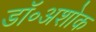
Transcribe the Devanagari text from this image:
डॉ॰अशोक